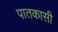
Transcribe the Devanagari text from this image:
पातकासी